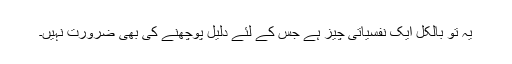
یہ تو بالکل ایک نفسیاتی چیز ہے جس کے لئے دلیل پوچھنے کی بھی ضرورت نہیں۔